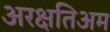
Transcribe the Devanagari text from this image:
अरक्षतिअम